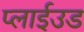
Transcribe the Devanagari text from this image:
प्लाईउड